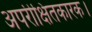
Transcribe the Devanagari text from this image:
अपरीक्षितकारक।